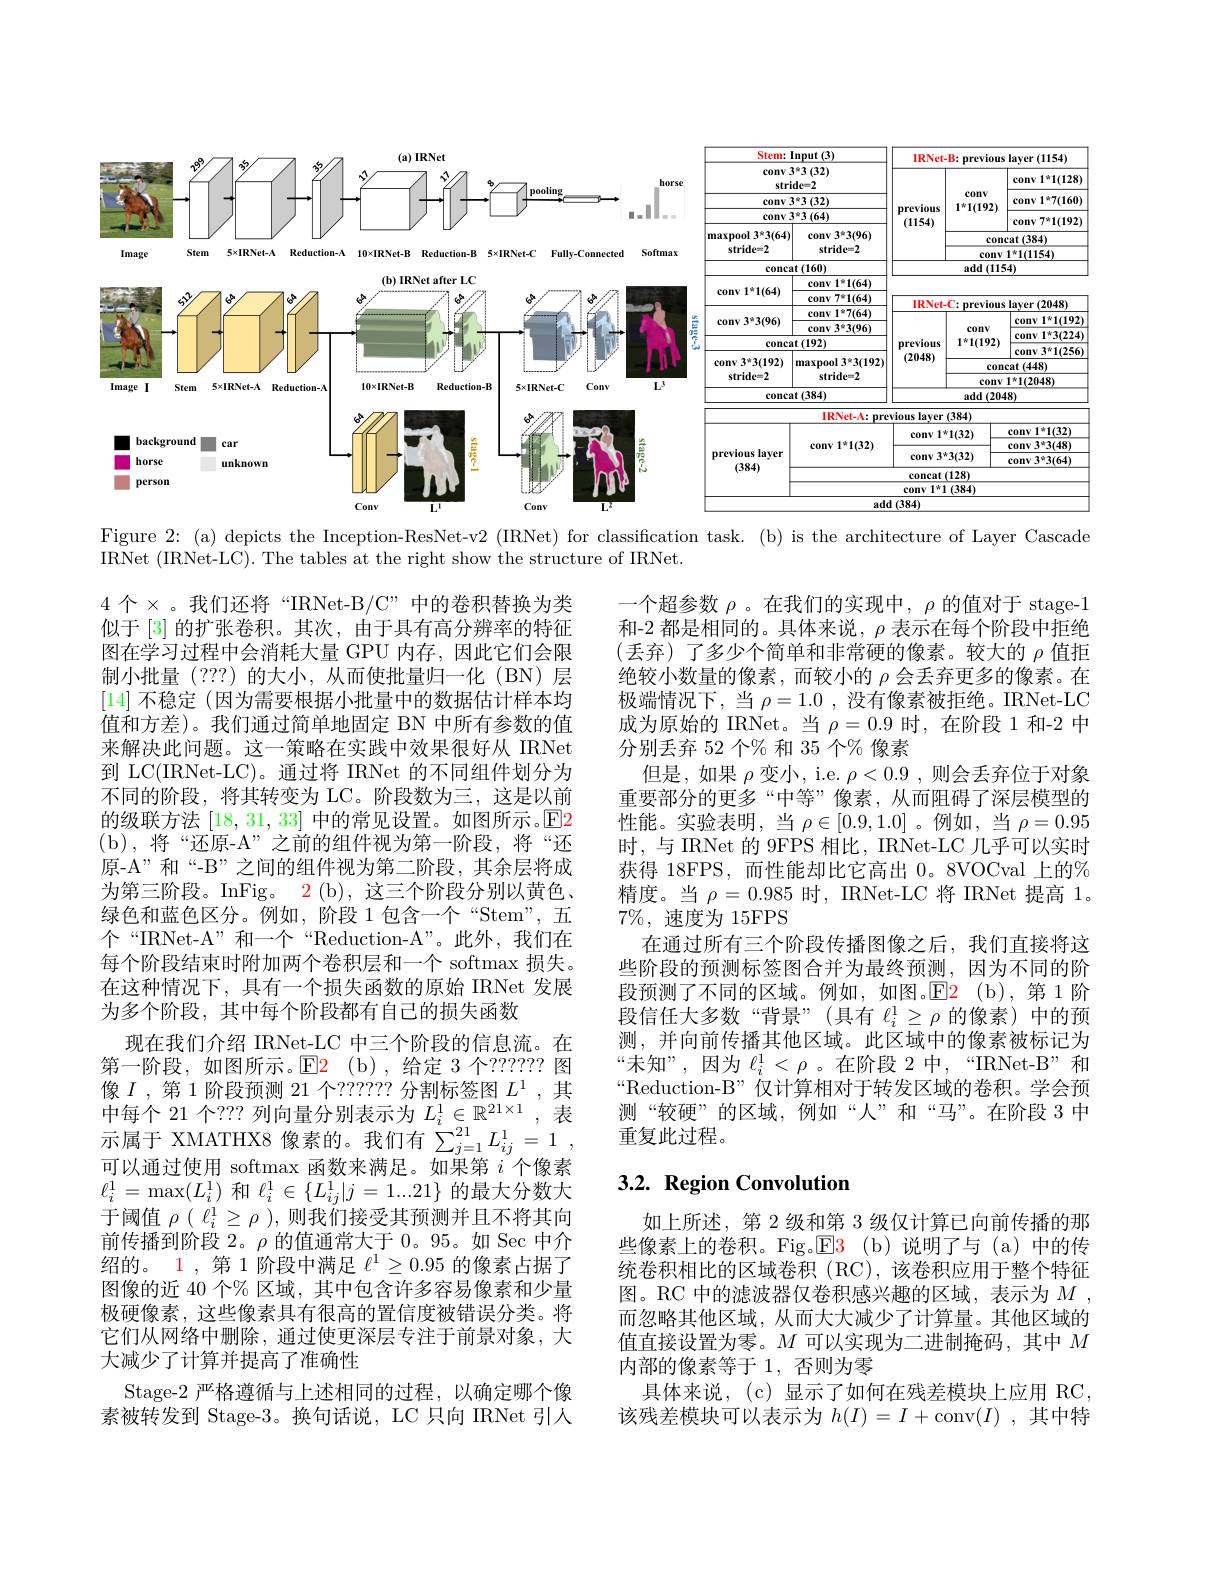
<FigureHere>

Figure 2: (a) depicts the Inception-ResNet-v2 (IRNet) for classification task. (b) is the architecture of Layer Cascade

IRNet (IRNet-LC). The tables at the right show the structure of IRNet.

一个超参数$\rho$。在我们的实现中，$\rho$的值对于 stage-1和-2 都是相同的。具体来说，$\rho$表示在每个阶段中拒绝(丢弃)了多少个简单和非常硬的像素。较大的 $\rho$ 值拒绝较小数量的像素，而较小的$\rho$会丢弃更多的像素。在极端情况下，当$\rho=1.0$ ,没有像素被拒绝。IRNet-LC 成为原始的 IRNet。当$\rho=0.9$时，在阶段 1 和-2 中分别丢弃 52 个% 和 35 个% 像素
但是，如果$\rho$变小，i.e. $\rho<0.9$,则会丢弃位于对象重要部分的更多“中等”像素，从而阻碍了深层模型的性能。实验表明，当$\rho\in[0.9,1.0]$ 。例如，当$\rho=0.95$ 时，与 IRNet 的 9FPS 相比，IRNet-LC 几乎可以实时获得 18FPS,而性能却比它高出 0。8VOCval 上的% 精度。当 $\rho=0.985$ 时，IRNet-LC 将 IRNet 提高 1。$7\%$,速度为 15FPS
在通过所有三个阶段传播图像之后，我们直接将这些阶段的预测标签图合并为最终预测，因为不同的阶段预测了不同的区域。例如，如图。$\operatorname{E2}$(b),第1阶段信任大多数“背景”(具有$\ell_i^1\geq\rho$的像素)中的预测，并向前传播其他区域。此区域中的像素被标记为“未知”,因为$\ell_i^1<\rho$。在阶段 2中，“IRNet-B”和“Reduction-B”仅计算相对于转发区域的卷积。学会预测“较硬”的区域，例如“人”和“马”。在阶段 3中重复此过程。

4 个$\times$。我们还将“IRNet-B/C”中的卷积替换为类似于 [3] 的扩张卷积。其次，由于具有高分辨率的特征图在学习过程中会消耗大量 GPU 内存，因此它们会限制小批量(???)的大小，从而使批量归一化(BN)层[14]不稳定 (因为需要根据小批量中的数据估计样本均值和方差)。我们通过简单地固定 BN 中所有参数的值来解决此问题。这一策略在实践中效果很好从 IRNet 到 LC(IRNet-LC)。通过将 IRNet 的不同组件划分为不同的阶段，将其转变为 LC。阶段数为三，这是以前的级联方法[18,31,33]中的常见设置。如图所示。E2 (b),将“还原-A”之前的组件视为第一阶段，将“还原-A”和“-B”之间的组件视为第二阶段，其余层将成为第三阶段。InFig。2(b), 这三个阶段分别以黄色、 绿色和蓝色区分。例如，阶段 1包含一个“Stem”,五个“IRNet-A”和一个“Reduction-A”。此外，我们在每个阶段结束时附加两个卷积层和一个 softmax 损失。在这种情况下，具有一个损失函数的原始 IRNet 发展为多个阶段，其中每个阶段都有自己的损失函数
现在我们介绍 IRNet-LC 中三个阶段的信息流。在第一阶段，如图所示。$\color{red}{\mathrm{E2}}$(b),给定 3个？????? 图可以通过使用 softmax 函数来满足。如果第$i$个像素$\ell_{i}^{1}=\max(L_{i}^{1})$和$\ell_i^1\in\{L_{ij}^{1}|j=1...21\}$的最大分数大于阈值$\rho(\ell_i^1\geq\rho)$,则我们接受其预测并且不将其向前传播到阶段 2。$\rho$的值通常大于 0。95。如 Sec 中介绍的。1 , 第 1 阶段中满足$\ell^1\geq0.95$的像素占据了图像的近 40 个% 区域，其中包含许多容易像素和少量极硬像素，这些像素具有很高的置信度被错误分类。将它们从网络中删除，通过使更深层专注于前景对象，大大减少了计算并提高了准确性
Stage-2 严格遵循与上述相同的过程，以确定哪个像素被转发到 Stage-3。换句话说，LC 只向 IRNet 引人

## $3. 2. \textbf{ Region Convolution}$

如上所述，第 2 级和第 3 级仅计算已向前传播的那些像素上的卷积。Fig。$\boxed{\mathrm{E}}3$(b)说明了与(a)中的传统卷积相比的区域卷积(RC),该卷积应用于整个特征图。RC 中的滤波器仅卷积感兴趣的区域，表示为$M$ , 而忽略其他区域，从而大大减少了计算量。其他区域的值直接设置为零。$M$可以实现为二进制掩码，其中$M$ 内部的像素等于 1, 否则为零
具体来说，(c)显示了如何在残差模块上应用 RC, 该残差模块可以表示为$h(I)=I+$conv$(I)$,其中特